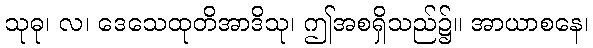
သုဓု၊ လ၊ ဒေသေထုတိအာဒိသု၊ ဤအစရှိသည်၌။ အာယာစနေ၊